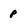
Character: P